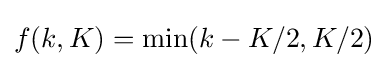
f(k,K)=\min(k-K/2,K/2)